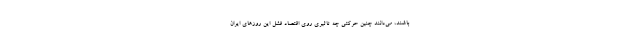
باشند، می‌دانند چنین حرکتی چه تاثیری روی اقتصاد فشل این روزهای ایران